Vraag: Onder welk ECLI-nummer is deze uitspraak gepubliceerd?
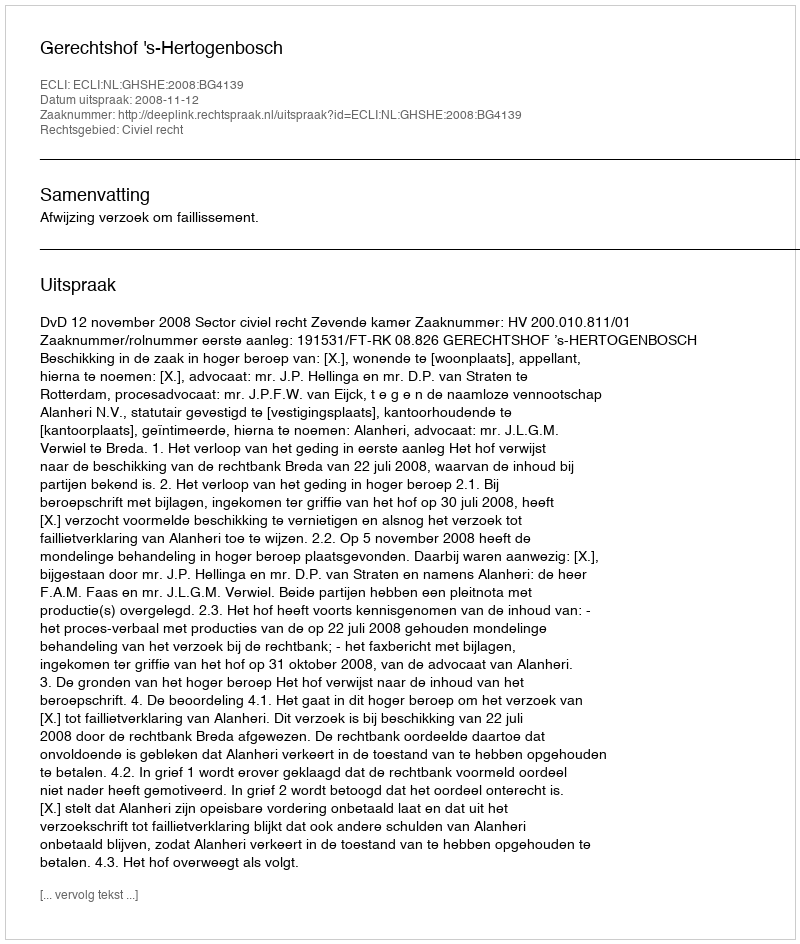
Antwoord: ECLI:NL:GHSHE:2008:BG4139